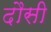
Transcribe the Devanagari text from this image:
दौसी